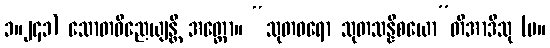
၁။၂၄၁) သောတဝိညေယျန္တိ အတ္ထော။ “သုတဓရော သုတသန္နိစယော”တိအာဒီသု (မ။